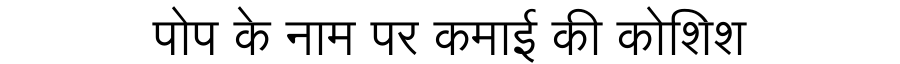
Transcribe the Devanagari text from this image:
पोप के नाम पर कमाई की कोशिश